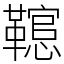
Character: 䪀